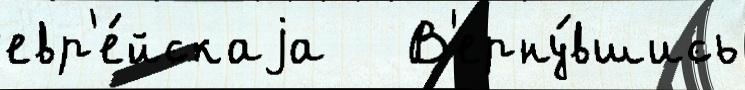
евр'е́йскаjа   В'ерну́вшись